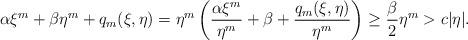
LaTeX: \begin{align*}\alpha\xi^{m}+\beta \eta^{m}+q_{m}(\xi,\eta)= \eta^{m}\left(\frac{\alpha\xi^{m}}{ \eta^{m}}+\beta +\frac{q_{m}(\xi,\eta)}{ \eta^{m}} \right) \geq \frac{\beta}{2}\eta^{m}>c|\eta|.\end{align*}